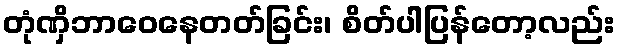
တုံဏှိဘာဝေနေတတ်ခြင်း၊ စိတ်ပါပြန်တော့လည်း